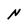
Character: N